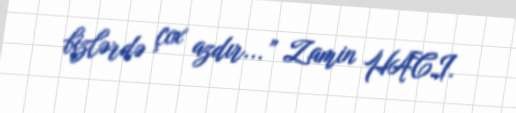
bizlərdə çox azdır...” Zamin HACI.